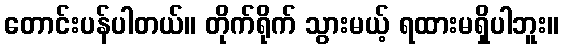
တောင်းပန်ပါတယ်။ တိုက်ရိုက် သွားမယ့် ရထားမရှိပါဘူး။